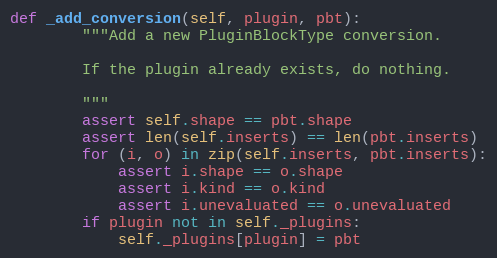
Language: Python
def _add_conversion(self, plugin, pbt):
        """Add a new PluginBlockType conversion.

        If the plugin already exists, do nothing.

        """
        assert self.shape == pbt.shape
        assert len(self.inserts) == len(pbt.inserts)
        for (i, o) in zip(self.inserts, pbt.inserts):
            assert i.shape == o.shape
            assert i.kind == o.kind
            assert i.unevaluated == o.unevaluated
        if plugin not in self._plugins:
            self._plugins[plugin] = pbt